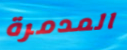
المدمرة